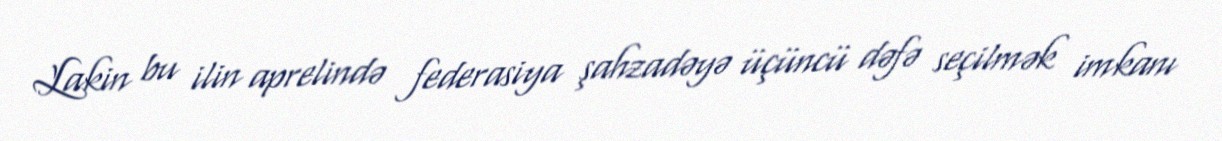
Lakin bu ilin aprelində federasiya şahzadəyə üçüncü dəfə seçilmək imkanı